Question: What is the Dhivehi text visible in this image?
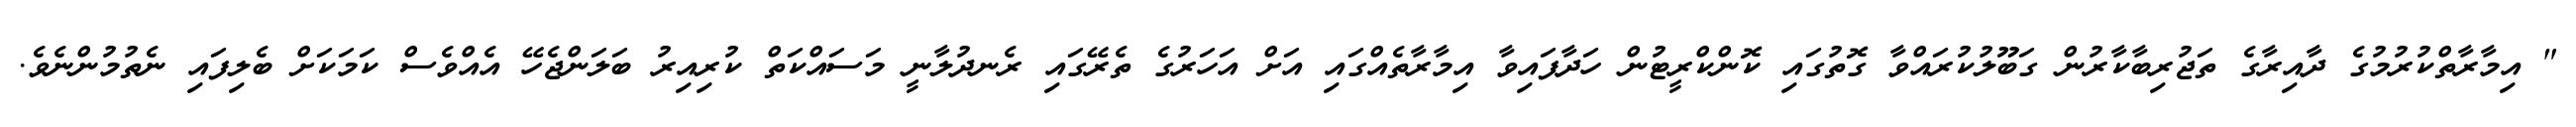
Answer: " އިމާރާތްކުރުމުގެ ދާއިރާގެ ތަޖުރިބާކާރުން ގަބޫލުކުރައްވާ ގޮތުގައި ކޮންކްރީޓުން ހަދާފައިވާ އިމާރާތެއްގައި އަށް އަހަރުގެ ތެރޭގައި ރެނދުލާނީ މަސައްކަތް ކުރިއިރު ބަލަންޖެހޭ އެއްވެސް ކަމަކަށް ބެލިފައި ނެތުމުންނެވެ.